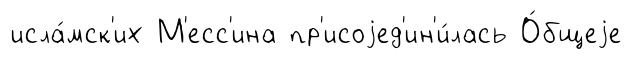
исла́мск'их М'есс'ина пр'исоjед'ин'и́лась О́бщеjе